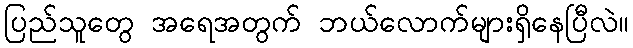
ပြည်သူတွေ အရေအတွက် ဘယ်လောက်များရှိနေပြီလဲ။